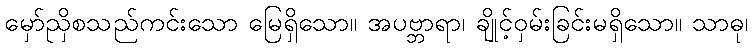
မှော်ညှိစသည်ကင်းသော မြေရှိသော။ အပဗ္ဘာရာ၊ ချိုင့်ဝှမ်းခြင်းမရှိသော။ သာဓု၊